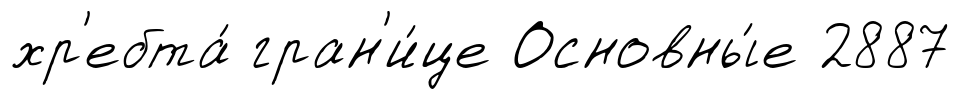
хр'ебта́ гран'и́це Основны́е 2887